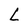
Character: L